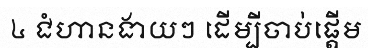
៤ ជំហានងាយៗ ដើម្បីចាប់ផ្តើម